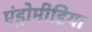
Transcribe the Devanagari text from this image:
एंड्रोमीडिया